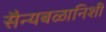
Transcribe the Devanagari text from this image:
सैन्यबळानिशी